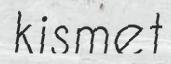
kismet